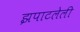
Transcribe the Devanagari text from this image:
झपाटलेली